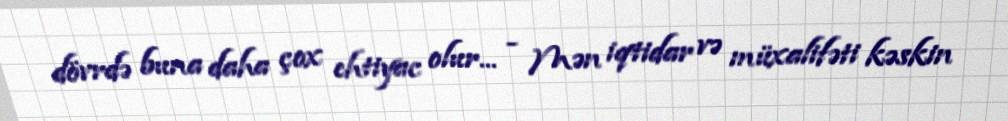
dövrdə buna daha çox ehtiyac olur... - Mən iqtidar və müxalifəti kəskin